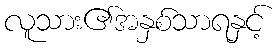
လူသား၏အနှစ်သာရနှင့်